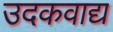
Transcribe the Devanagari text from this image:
उदकवाद्य